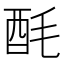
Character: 酕